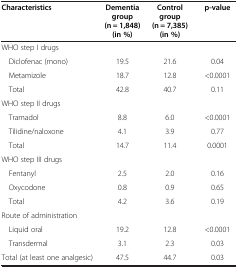
<table><thead><tr><td><b>Characteristics</b></td><td><b>Dementia group (n = 1,848) (in %)</b></td><td><b>Control group (n = 7,385) (in %)</b></td><td><b>p-value</b></td></tr></thead><tbody><tr><td>WHO step I drugs</td><td> </td><td> </td><td> </td></tr><tr><td> Diclofenac (mono)</td><td>19.5</td><td>21.6</td><td>0.04</td></tr><tr><td> Metamizole</td><td>18.7</td><td>12.8</td><td>&lt;0.0001</td></tr><tr><td> Total</td><td>42.8</td><td>40.7</td><td>0.11</td></tr><tr><td>WHO step II drugs</td><td> </td><td> </td><td> </td></tr><tr><td> Tramadol</td><td>8.8</td><td>6.0</td><td>&lt;0.0001</td></tr><tr><td> Tilidine/naloxone</td><td>4.1</td><td>3.9</td><td>0.77</td></tr><tr><td> Total</td><td>14.7</td><td>11.4</td><td>0.0001</td></tr><tr><td>WHO step III drugs</td><td> </td><td> </td><td> </td></tr><tr><td> Fentanyl</td><td>2.5</td><td>2.0</td><td>0.16</td></tr><tr><td> Oxycodone</td><td>0.8</td><td>0.9</td><td>0.65</td></tr><tr><td> Total</td><td>4.2</td><td>3.6</td><td>0.19</td></tr><tr><td>Route of administration</td><td> </td><td> </td><td> </td></tr><tr><td> Liquid oral</td><td>19.2</td><td>12.8</td><td>&lt;0.0001</td></tr><tr><td> Transdermal</td><td>3.1</td><td>2.3</td><td>0.03</td></tr><tr><td>Total (at least one analgesic)</td><td>47.5</td><td>44.7</td><td>0.03</td></tr></tbody></table>